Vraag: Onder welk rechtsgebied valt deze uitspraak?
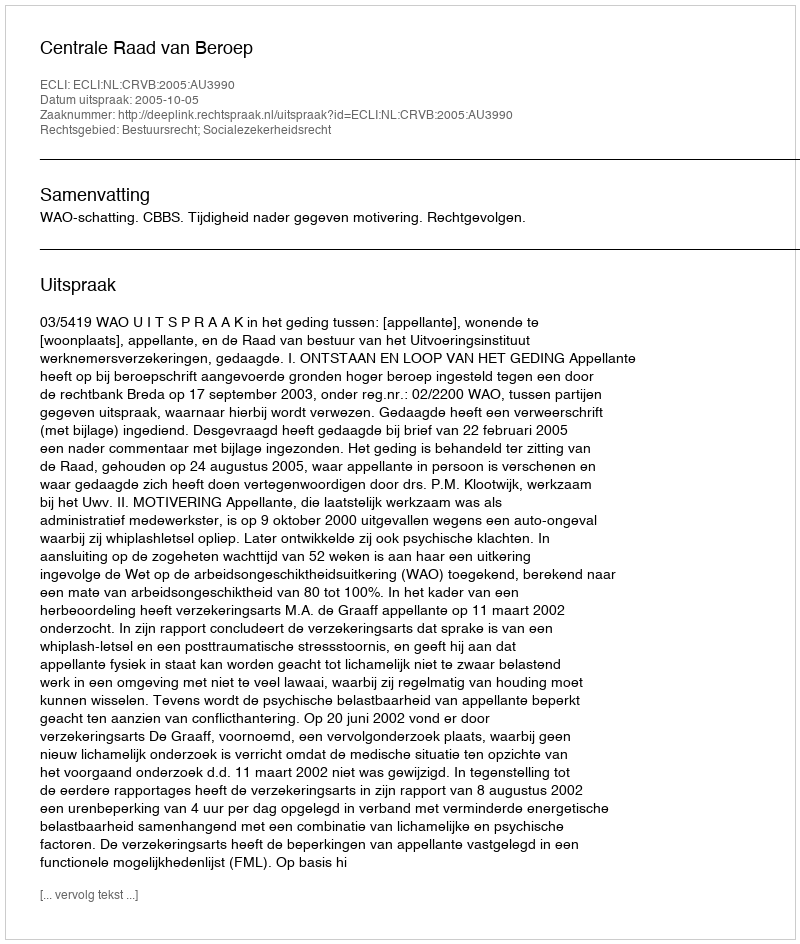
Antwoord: Bestuursrecht; Socialezekerheidsrecht